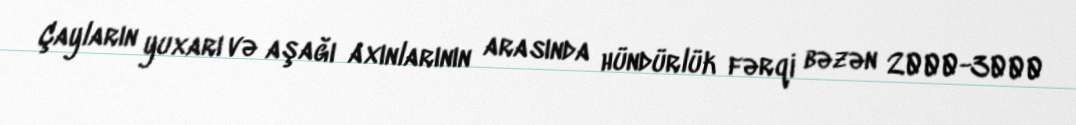
Çayların yuxarı və aşağı axınlarının arasında hündürlük fərqi bəzən 2000-3000